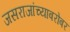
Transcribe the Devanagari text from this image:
जसराजांच्याबरोबर